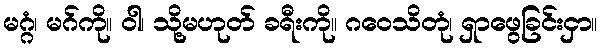
မဂ္ဂံ၊ မဂ်ကို။ ဝါ၊ သို့မဟုတ် ခရီးကို။ ဂဝေသိတုံ၊ ရှာဖွေခြင်းငှာ။